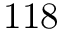
1 1 8